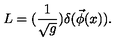
L = ( \frac 1 { \sqrt { g } } ) \delta ( \vec { \phi } ( x ) ) .